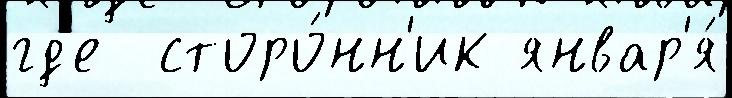
гд'е  сторо́нн'ик январ'я́